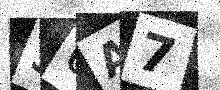
Text: 36A7